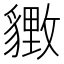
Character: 𬥋